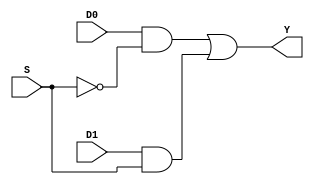
// Purpose: Lab 5 Computer architecture

//Component 1  1 bit 2-to-1 Multiplexor

module lab5com1 (
S,		// one input
D0,		// another input
D1,		// yet another input
Y		// an output
);
//  Input ports
input	S;
input 	D0;
input 	D1;
// Output ports
output Y;

wire S;
wire D0;
wire D1;
wire nS;
wire D0nS;
wire D1S;
wire Y;

not(nS,S);
and (D0nS,D0,nS);
and (D1S,D1,S);
or  (Y,D0nS,D1S);

endmodule

module lab5com1_tb;  // Note, no interface to testbenches
 reg wS,wD0,wD1;      // signals to be commanded must be "reg"
 wire wY;			// output from unit-under-test is "wire"
	reg [3:0] testvectors[0:10]; // the size of the array must match
								 // the number of bits per line, the size of the array should 
								 // meet or exceed the length of the file, warnings are fine.
	reg [7:0] errors;
	reg [7:0] vectornum;
	reg rightY;
 
initial  begin
    $dumpfile ("lab5com1.vcd"); 
	$dumpvars; 
end 

initial begin
	$readmemb("lab5com1test_vec.txt", testvectors); // loads file into an array
	vectornum = 0;
	errors = 0;
end

always // self-checking test bench needs a loop structure that will process lines from a text file
	begin
	
	if (testvectors[vectornum] === 4'bXXXX) begin    // XXXX is the "End of File" indicator I used
		$display("Test completed with %d errors.", errors);
		$finish;
	end
	{wS, wD0, wD1, rightY} = testvectors[vectornum];	
	#1; 
	if (rightY !== wY)
	begin
		errors = errors+1;
		$display("Input %b %b %b incorrectly creates %b.", wS, wD0, wD1, wY);
	end
	$display ("S=%b  D0=%b  D1=%b  Y=%b", wS, wD0, wD1, wY);
	
	vectornum = vectornum+1;
	
	
end

// Connect UUT to test bench signals
lab5com1 uut(
.S	(wS),
.D0	(wD0),
.D1	(wD1),
.Y	(wY)
);
endmodule